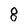
Character: 8